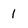
Character: 1